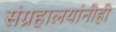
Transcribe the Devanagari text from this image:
संग्रहालयांनीही